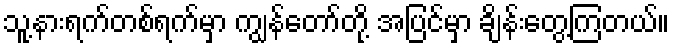
သူ့နားရက်တစ်ရက်မှာ ကျွန်တော်တို့ အပြင်မှာ ချိန်းတွေ့ကြတယ်။